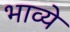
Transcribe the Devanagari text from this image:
भाव्ये